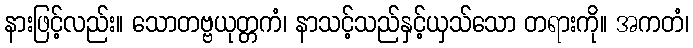
နားဖြင့်လည်း။ သောတဗ္ဗယုတ္တကံ၊ နာသင့်သည်နှင့်ယှသ်သော တရားကို။ အကတံ၊